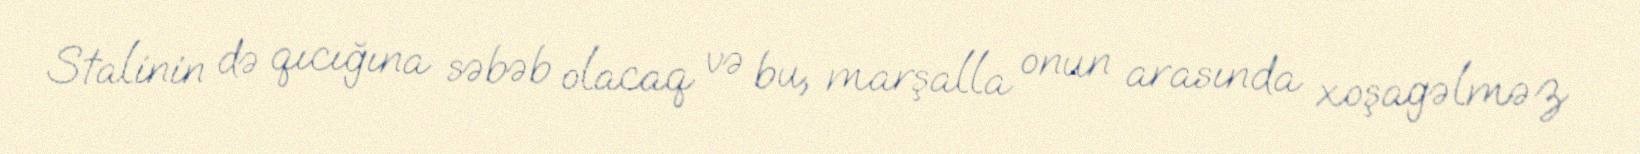
Stalinin də qıcığına səbəb olacaq və bu, marşalla onun arasında xoşagəlməz